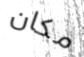
مكان